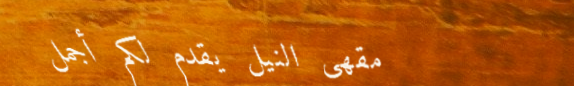
مقهى النيل يقدم لكم أجمل